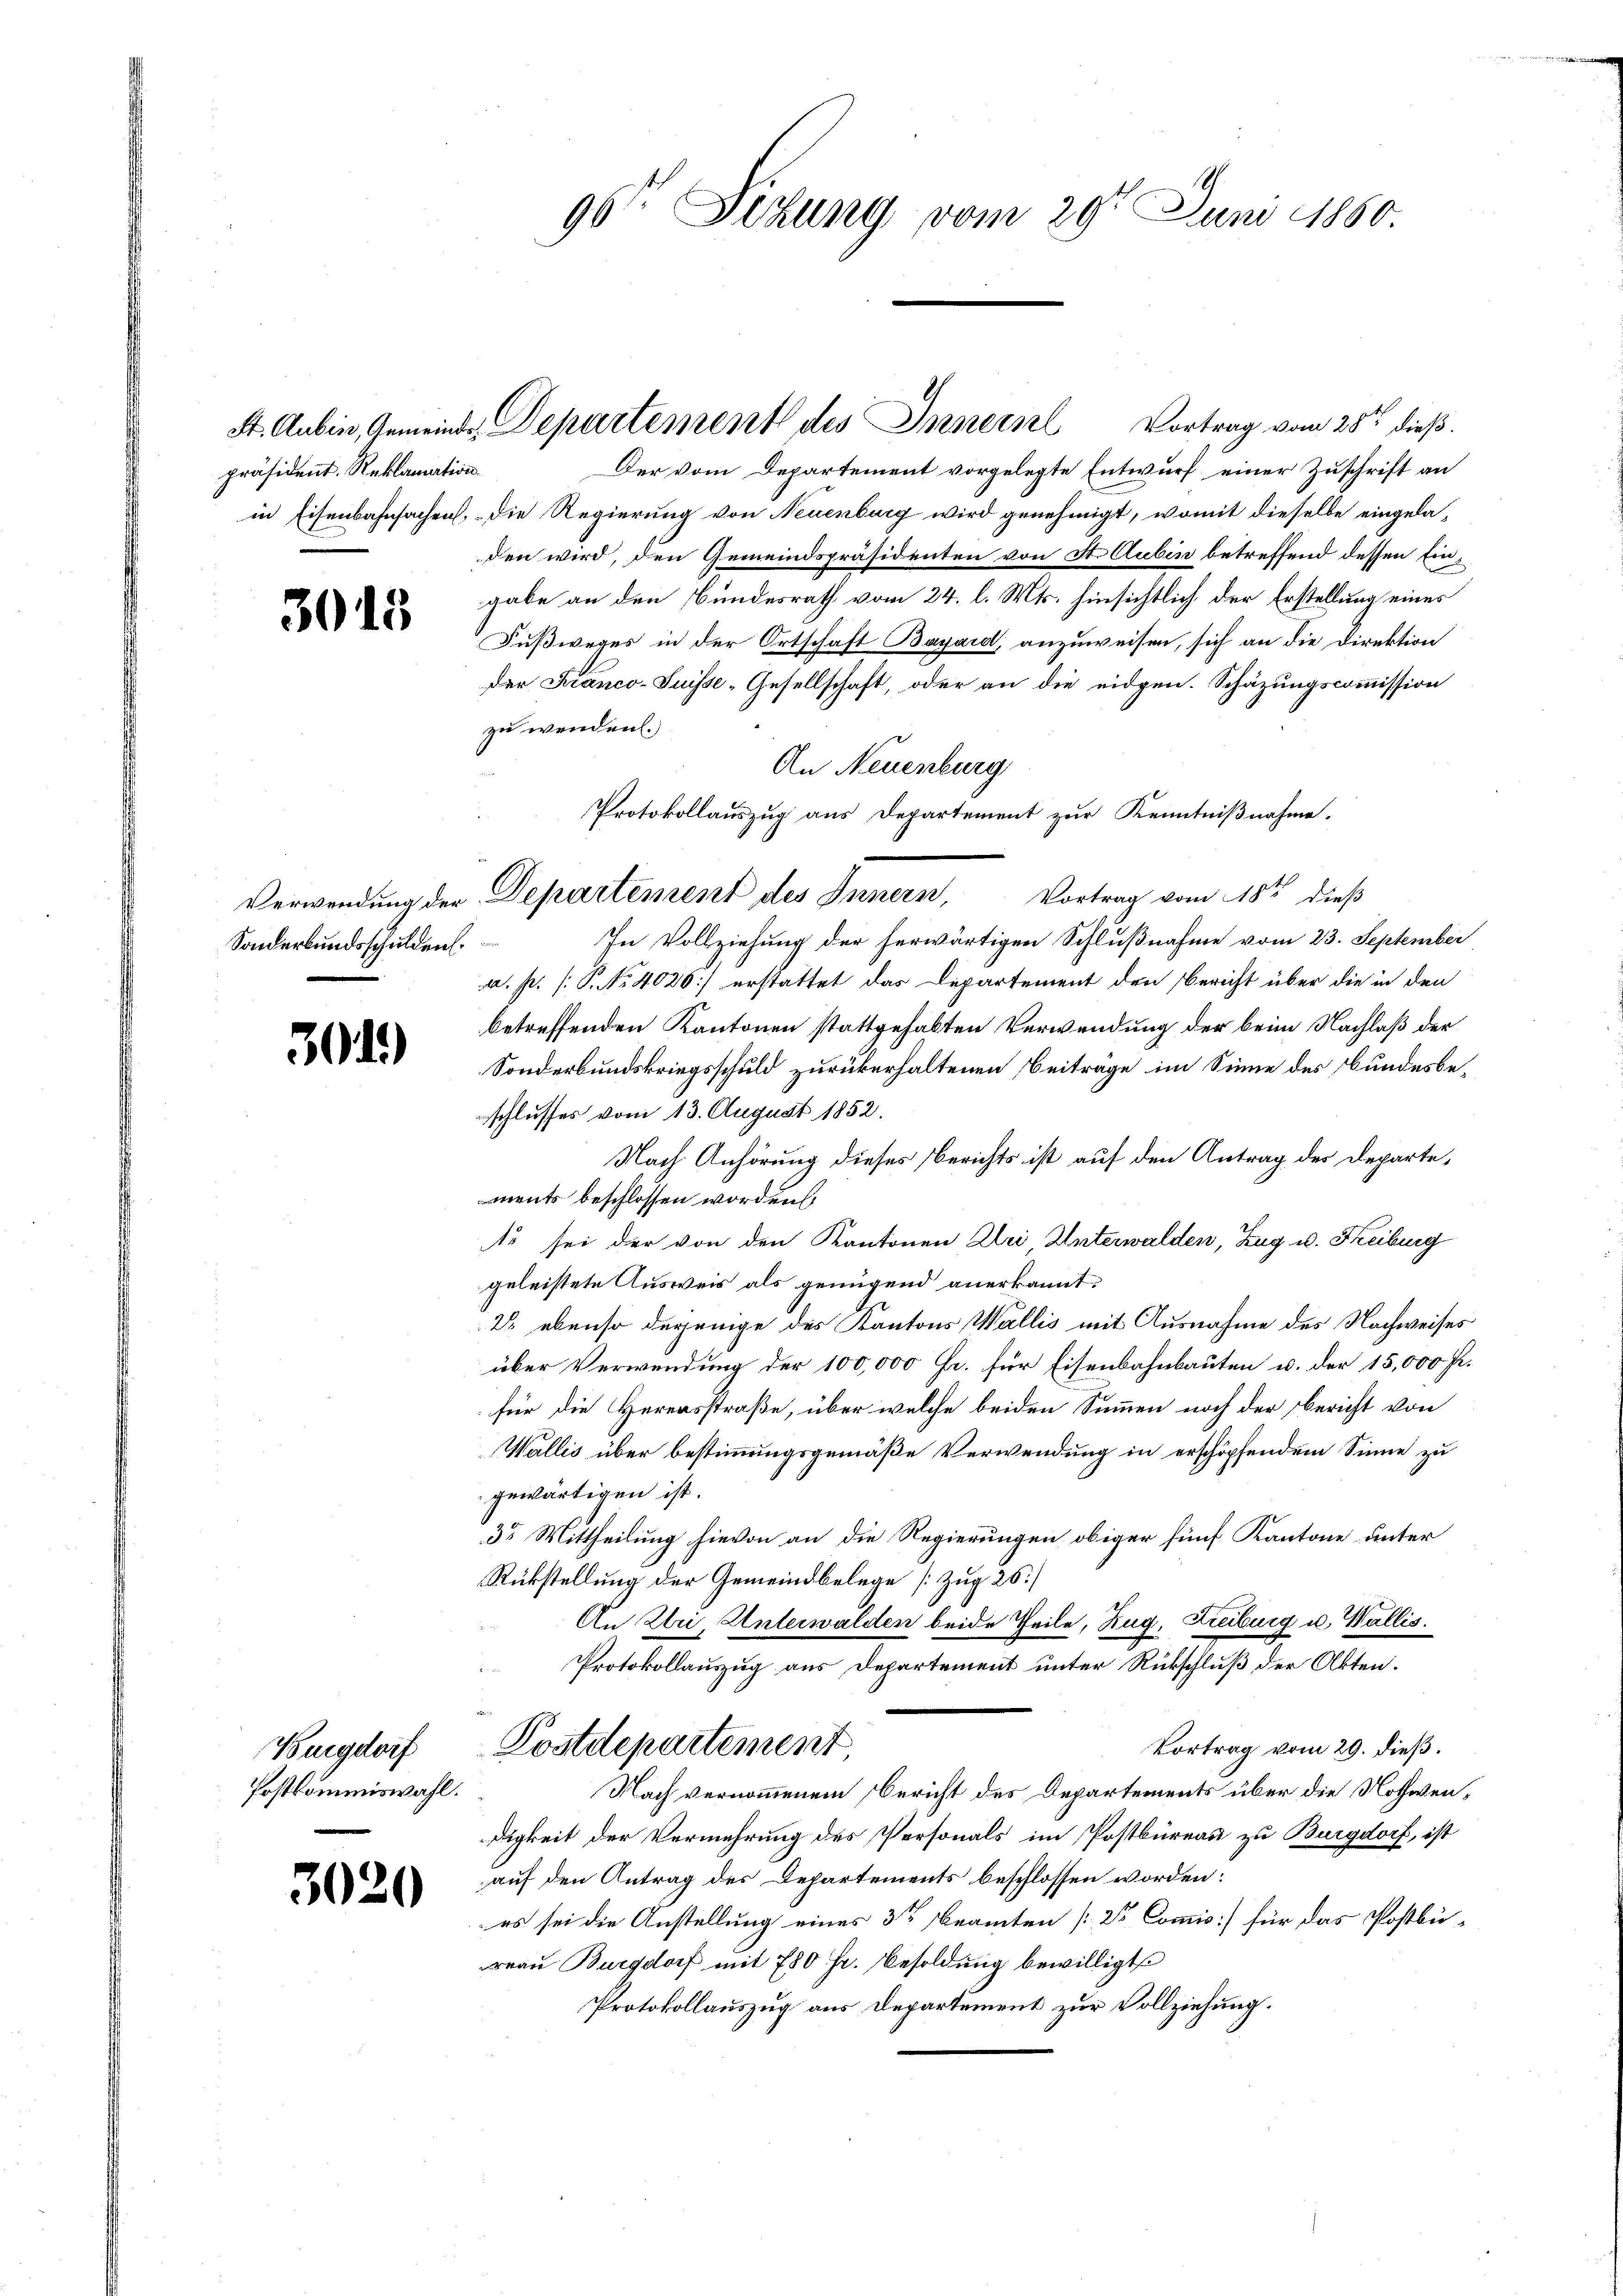
präsident. Reklamation.

3015

Sonderbundsschulden.

301)

Burgdorf
Postkommiswahl.

3020

96te Sitzung vom 29t Juni 1860.

Der vom Departement vorgelegte Entwurf einer Zuschrift an
in Eisenbahnsachen, die Regierung von Neuenburg wird genehmigt, womit dieselbe eingeladen wird, den Gemeindspräsidenten von St. Aubin betreffend dessen Eingabe an den Bundesrath vom 24. l. Mts. hinsichtlich der Erstellung eines
Fußweges in der Ortschaft Bayard, anzuweisen, sich an die Direktion
der Franco-Suisse-Gesellschaft, oder an die eidgen. Schäzungscommission
zu wenden.
An Neuenburg
Vortrag vom 18ten dieß
In Vollziehung der herwärtigen Schlußnahme vom 23. September
a. p. P. Nr. 4026] erstattet das Departement den Bericht über die in den
betreffenden Kantonen stattgehabten Verwendung der beim Nachlaß der
Sonderbundskriegsschuld zurükerhaltenen Beiträge im Sinne des Bundesbeschlusses vom 13. August 1852.
Nach Anhörung dieses Berichts ist auf den Antrag des Departe,
ments beschlossen worden,
1o sei der von den Kantonen Zei Unterwalden, Zug u. Freiburg
geleistete Ausweis als genügend anerkannt.
2 ebenso derjenige des Kantons Wallis mit Ausnahme des Nachweises
über Verwendung der 100,000 Fr. für Eisenbahnbauten u. der 15,000 Fr.
für die Herensstraße, über welche beiden Summen noch der Bericht von
Wallis über bestimmungsgemäße Verwendung in erschöpfendem Sinne zu
gewärtigen ist.
35 Mittheilung hievon an die Regierungen obiger fünf Kantone unter
Rückstellung der Gemeindbelege [Zug 25
An Uri Unterwalden beide Theile, Zug, Freiburg u. Wallis.
Protokollauszug aus Departement unter Rückschluß der Akten.
Postdepartement
Vortrag vom 29. dieß.
Nach vernommenem Bericht des Departements über die Nothwendigkeit der Vermehrung des Personals im Postbüreau zu Burgdorf, ist
auf den Antrag des Departements beschlossen worden:
es sei die Anstellung eines 3te Beamten [2t Commis] für das Postbüreau Burgdorf mit 780 Fr. Besoldung bewilligt
Protokollauszug aus Departement zur Vollziehung.

St. Aubin, Gemeinde Departement des Innern Vortrag vom 28ten dieß.

Protokollauszug aus Departement zur Kenntnißnahme.
Verwendung der Departement des Innern,